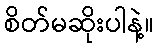
စိတ်မဆိုးပါနဲ့။